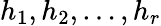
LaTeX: h_{1},h_{2},\ldots,h_{r}